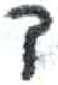
אות: ד